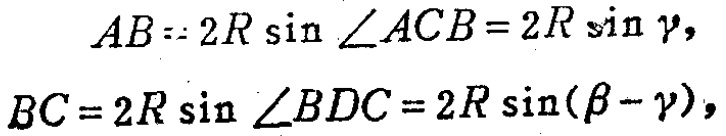
\[
\begin{align*}
AB&= 2R\sin\angle ACB = 2R\sin\gamma,\\
BC&=2R\sin\angle BDC = 2R\sin(\beta - \gamma),
\end{align*}
\]